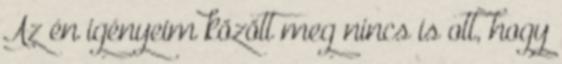
Az én igényeim között meg nincs is ott, hogy